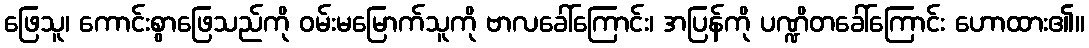
ဖြေသူ၊ ကောင်းစွာဖြေသည်ကို ဝမ်းမမြောက်သူကို ဗာလခေါ်ကြောင်း၊ အပြန်ကို ပဏ္ဍိတခေါ်ကြောင်း ဟောထား၏။